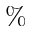
\%